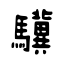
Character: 驥